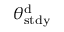
\theta _ { \mathrm { s t d y } } ^ { \mathrm { d } }